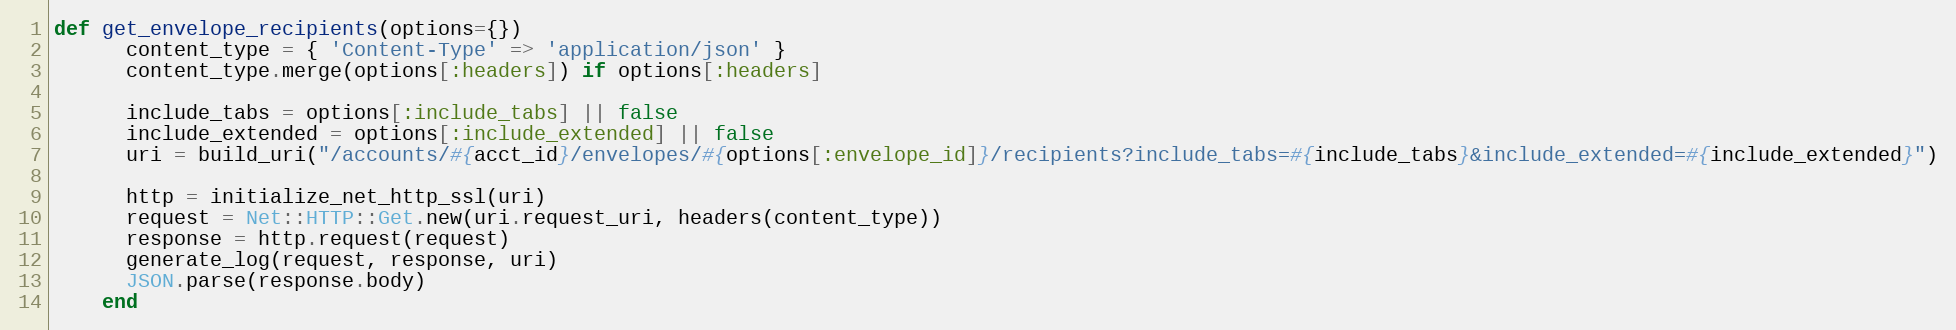
Language: Ruby
def get_envelope_recipients(options={})
      content_type = { 'Content-Type' => 'application/json' }
      content_type.merge(options[:headers]) if options[:headers]

      include_tabs = options[:include_tabs] || false
      include_extended = options[:include_extended] || false
      uri = build_uri("/accounts/#{acct_id}/envelopes/#{options[:envelope_id]}/recipients?include_tabs=#{include_tabs}&include_extended=#{include_extended}")

      http = initialize_net_http_ssl(uri)
      request = Net::HTTP::Get.new(uri.request_uri, headers(content_type))
      response = http.request(request)
      generate_log(request, response, uri)
      JSON.parse(response.body)
    end